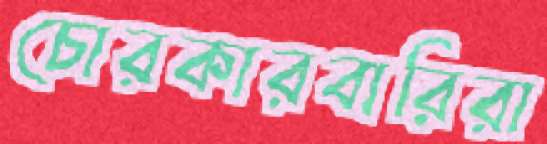
চোরকারবারিরা